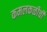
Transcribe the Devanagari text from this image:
कमलकळीची